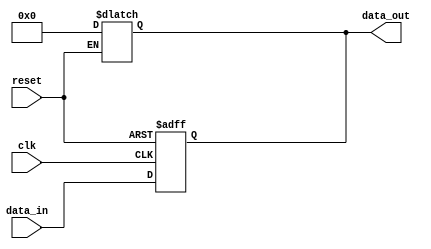
module async_reset_behavioral (
    input wire clk,          // Clock signal
    input wire reset,        // Asynchronous reset signal
    input wire [7:0] data_in, // Example data input
    output reg [7:0] data_out // Example data output
);

// State initialization
always @(*) begin
    if (reset) begin
        data_out = 8'b0; // Reset state (e.g., zero)
    end
end

// Clock edge sensitivity
always @(posedge clk or posedge reset) begin
    if (reset) begin
        data_out <= 8'b0; // Reset output on reset signal
    end else begin
        // Normal operation: Update output based on input data
        data_out <= data_in; // Example operation
    end
end

endmodule